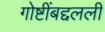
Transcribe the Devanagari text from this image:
गोष्टींबद्दलली